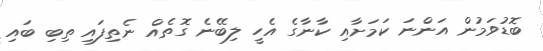
ބޮޑުވަމުން އަންނަ ކަމަށާއި ކާނާގެ އެހީ ލިބޭނެ ގޮތެއް ނެތިފައި ތިބި ބައި